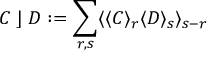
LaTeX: C \; \rfloor \; D : = \sum _ { r , s } \langle \langle C \rangle _ { r } \langle D \rangle _ { s } \rangle _ { s - r }